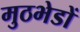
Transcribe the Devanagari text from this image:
मुठभेडों